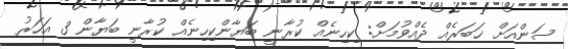
ސަންއަށް ޚަބަރެއް ދެއްވުމަށް: ކިހިނެއް ކުރާނީ ބަޔާންކިހިނެއް ކުރާނީ ބަޔާން 3 އަހަރު